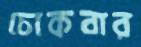
চোকবার